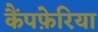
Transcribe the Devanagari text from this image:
कैंपफ़ेरिया